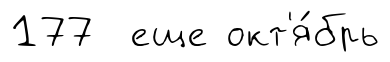
177 еще окт'я́брь